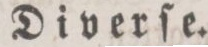
Diverſe.